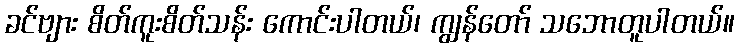
ခင်ဗျား စိတ်ကူးစိတ်သန်း ကောင်းပါတယ်၊ ကျွန်တော် သဘောတူပါတယ်။